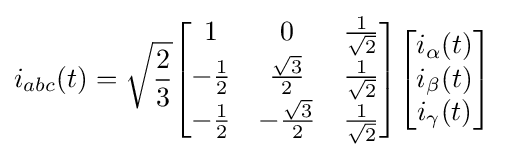
i_{abc}(t)={\sqrt {\frac {2}{3}}}{\begin{bmatrix}1&0&{\frac {1}{\sqrt {2}}}\\-{\frac {1}{2}}&{\frac {\sqrt {3}}{2}}&{\frac {1}{\sqrt {2}}}\\-{\frac {1}{2}}&-{\frac {\sqrt {3}}{2}}&{\frac {1}{\sqrt {2}}}\\\end{bmatrix}}{\begin{bmatrix}i_{\alpha }(t)\\i_{\beta }(t)\\i_{\gamma }(t)\end{bmatrix}}